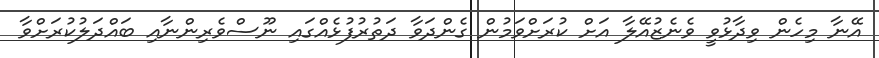
އޭނާ މިހެން ވިދާޅުވީ ވެެނެޒުއޭލާ އަށް ކުރަށްވަމުން ގެންދަވާ ދަތުރުފުޅެއްގައި ނޫސްވެރިންނާއި ބައްދަލުކުރަށްވާ